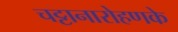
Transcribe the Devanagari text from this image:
चट्टानारोहणके